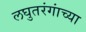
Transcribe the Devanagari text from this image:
लघुतरंगांच्या